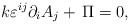
\begin{align*}k \varepsilon ^{ij}\partial_{i}A_{j}+\,\Pi=0 ,\end{align*}